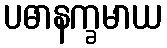
ပဓာနက္ခမာယ